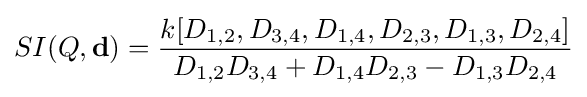
SI(Q,\mathbf {d} )={\frac {k[D_{1,2},D_{3,4},D_{1,4},D_{2,3},D_{1,3},D_{2,4}]}{D_{1,2}D_{3,4}+D_{1,4}D_{2,3}-D_{1,3}D_{2,4}}}